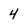
Character: 4